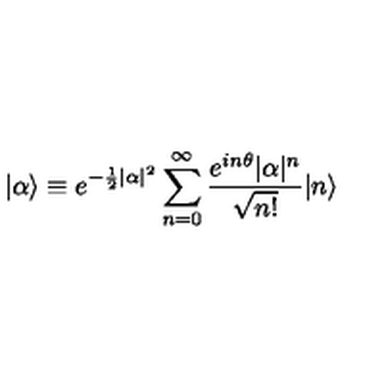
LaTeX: | \alpha \rangle \equiv e ^ { - \frac { 1 } { 2 } | \alpha | ^ { 2 } } \sum _ { n = 0 } ^ { \infty } \frac { e ^ { i n \theta } | \alpha | ^ { n } } { \sqrt { n ! } } | n \rangle